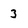
Character: 3